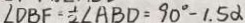
\angle D B F = \frac { 1 } { 2 } \angle A B D = 9 0 ^ { \circ } - 1 . 5 \alpha